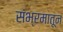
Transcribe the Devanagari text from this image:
संभ्रमातून